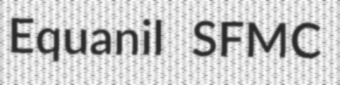
Equanil SFMC